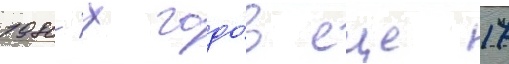
1980-х годо́в еще 17